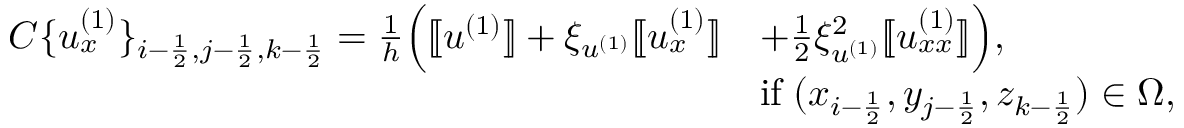
\begin{array} { r l } { C \{ u _ { x } ^ { ( 1 ) } \} _ { i - \frac { 1 } { 2 } , j - \frac { 1 } { 2 } , k - \frac { 1 } { 2 } } = \frac { 1 } { h } \Big ( [ \! [ u ^ { ( 1 ) } ] \! ] + \xi _ { u ^ { ( 1 ) } } [ \! [ u _ { x } ^ { ( 1 ) } ] \! ] } & { + \frac { 1 } { 2 } \xi _ { u ^ { ( 1 ) } } ^ { 2 } [ \! [ u _ { x x } ^ { ( 1 ) } ] \! ] \Big ) , } \\ & { \mathrm { i f } \; ( x _ { i - \frac { 1 } { 2 } } , y _ { j - \frac { 1 } { 2 } } , z _ { k - \frac { 1 } { 2 } } ) \in \Omega , } \end{array}